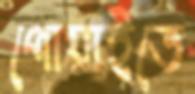
পোয়াইতে